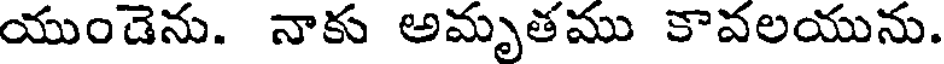
యుండెను. నాకు అమృతము కావలయును.